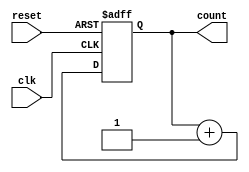
module synchronous_counter (
    input wire clk,        // Clock input
    input wire reset,      // Asynchronous reset
    output reg [3:0] count // 4-bit counter output
);

    // Always block sensitive to the clock and reset signals
    always @(posedge clk or posedge reset) begin
        if (reset) begin
            count <= 4'b0000; // Reset the counter to 0
        end else begin
            count <= count + 1; // Increment the counter
        end
    end

endmodule